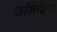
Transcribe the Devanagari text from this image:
उनिडिम